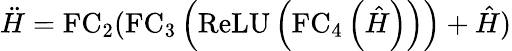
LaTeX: \ddot{H}=\mathrm{FC}_{2}(\mathrm{FC}_{3}\left(\operatorname{ReLU}\left(\mathrm{FC}_{4}\left(\hat{H}\right)\right)\right)+\hat{H})